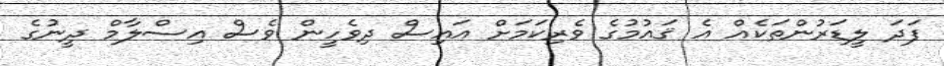
ފަދަ ލީޑަރުންތަކެއް އެ ޤައުމުގެ ވެރިކަމަށް އައިސް ދިވެހީން ވެސް އިސްލާމް ދީނުގެ